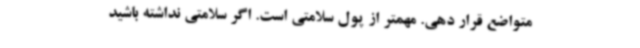
متواضع قرار دهی. مهمتر از پول سلامتی است. اگر سلامتی نداشته باشید